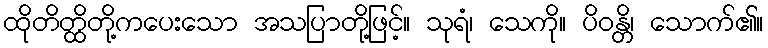
ထိုတိတ္ထိတို့ကပေးသော အသပြာတို့ဖြင့်။ သုရံ၊ သေကို။ ပိဝန္တိ၊ သောက်၏။